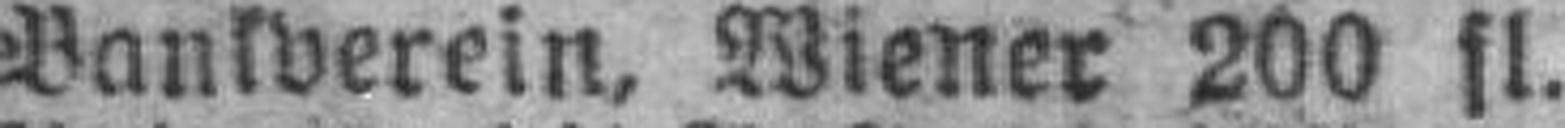
Bankverein, Wiener 200 fl.